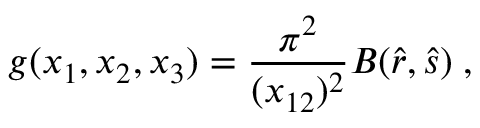
g ( x _ { 1 } , x _ { 2 } , x _ { 3 } ) = \frac { \pi ^ { 2 } } { ( x _ { 1 2 } ) ^ { 2 } } B ( \hat { r } , \hat { s } ) \; ,